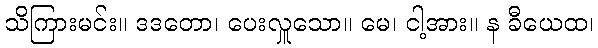
သိကြားမင်း။ ဒဒတော၊ ပေးလှူသော။ မေ၊ ငါ့အား။ န ခီယေထ၊